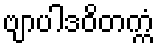
ဗျာပါဒဝိတက္ကံ